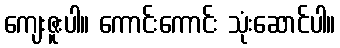
ကျေးဇူးပါ။ ကောင်းကောင်း သုံးဆောင်ပါ။